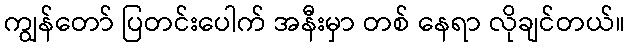
ကျွန်တော် ပြတင်းပေါက် အနီးမှာ တစ် နေရာ လိုချင်တယ်။